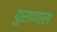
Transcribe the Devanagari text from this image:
पुराणास